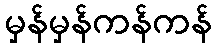
မှန်မှန်ကန်ကန်